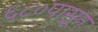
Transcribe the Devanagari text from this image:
६८०पासून